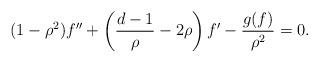
LaTeX: \begin{align*}(1-\rho^2)f''+\left(\frac{d-1}{\rho}-2\rho\right)f'-\frac{g(f)}{\rho^2}=0.\end{align*}